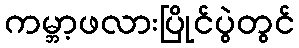
ကမ္ဘာ့ဖလားပြိုင်ပွဲတွင်